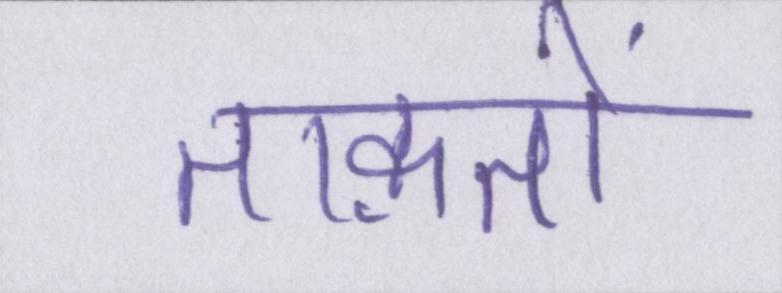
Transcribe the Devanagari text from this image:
ताक़तों